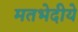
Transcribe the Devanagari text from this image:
मतभेदीये